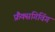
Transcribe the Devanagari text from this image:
फ्रैंक्सगिविंग